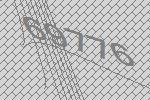
69776